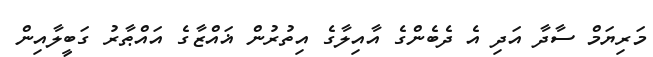
މަރިޔަމް ސާދާ އަދި އެ ދެބެންގެ އާއިލާގެ އިތުރުން ޣައްޒާގެ އައްޠާރު ގަބީލާއިން